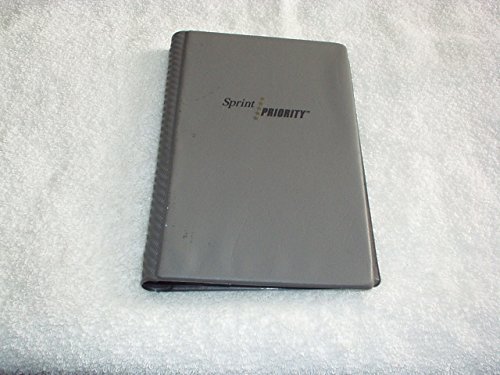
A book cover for Vintage 1992 SPRINT PRIORTY World MAPS, ADDRESS Book, CALENDAR & Sprint Information DESK Book Guide - A RARE & AWESOME Book; Sprint Priorty; Calendars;